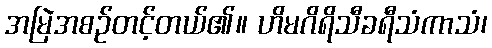
အမြဲအစဉ်တင့်တယ်၏။ ဟိမဂိရိသီခရီသံကာသံ၊